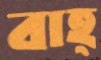
বাহ্